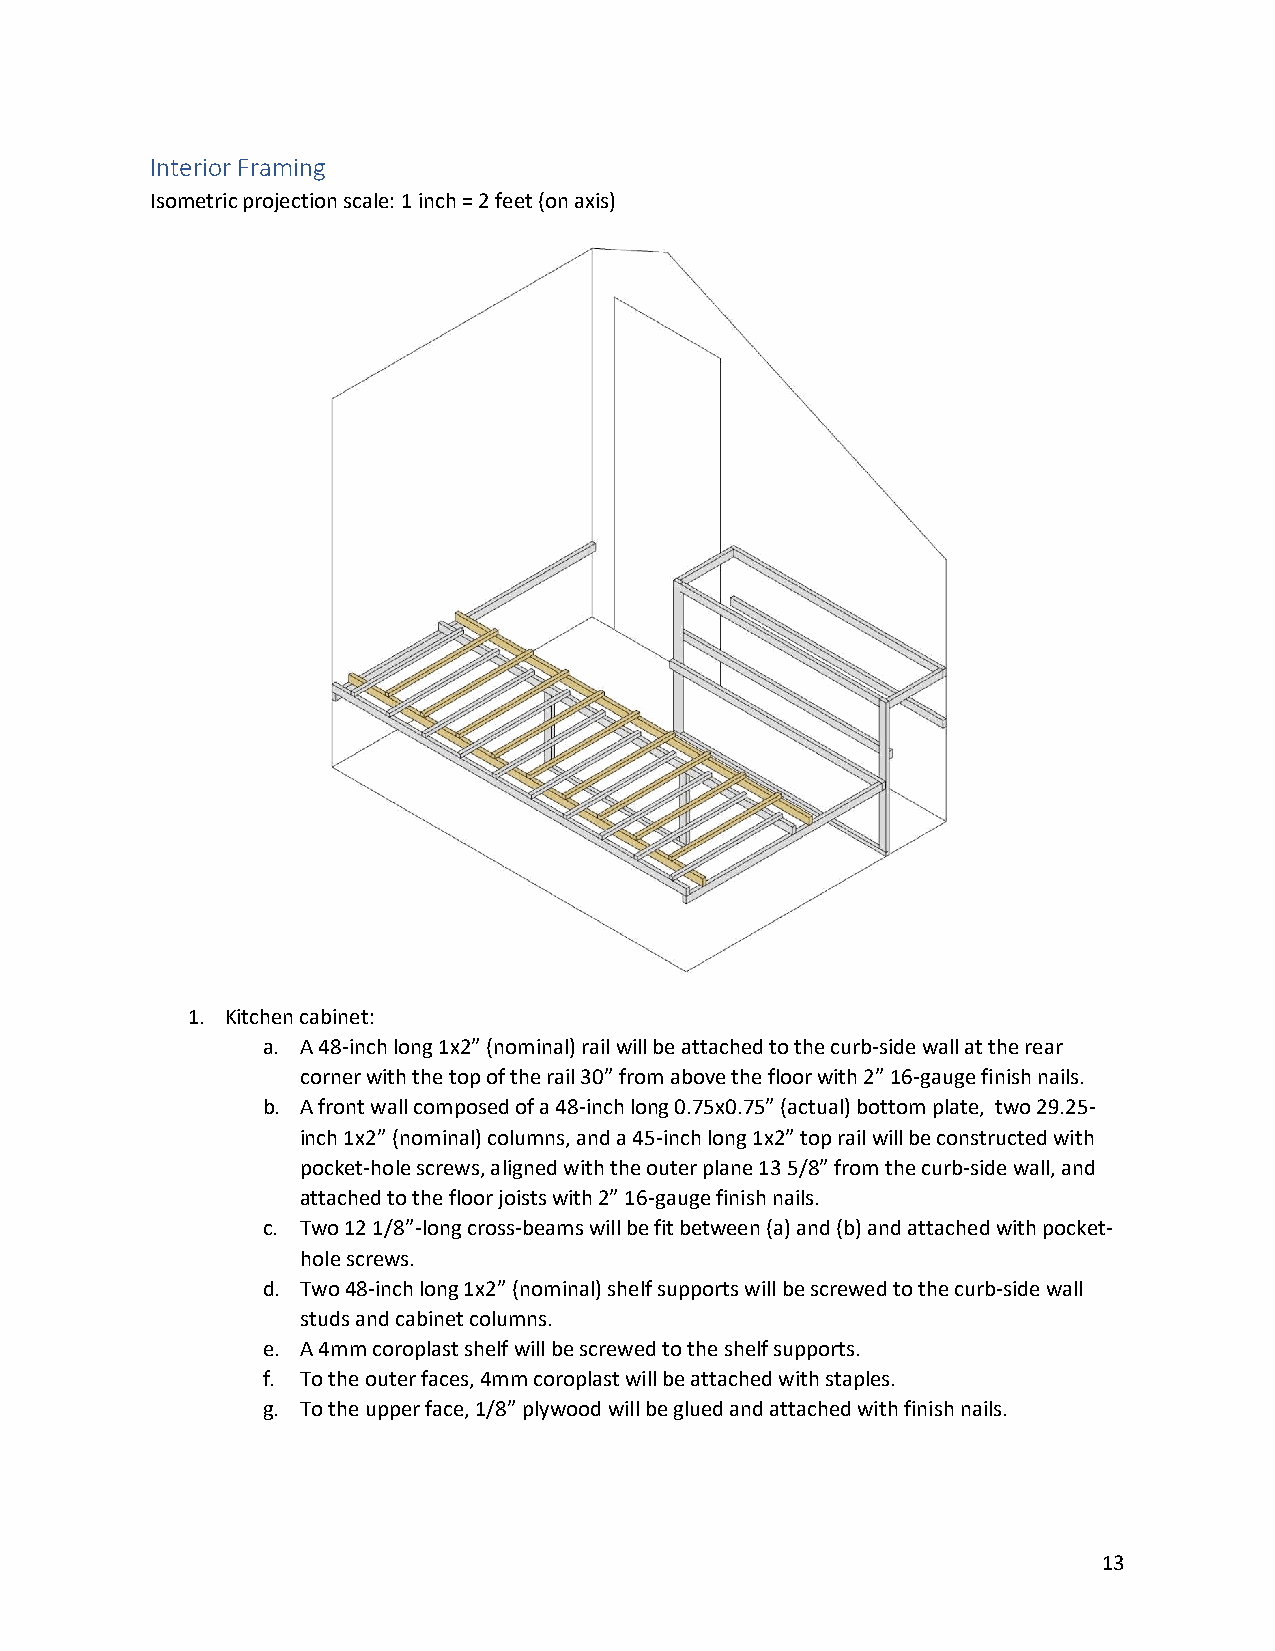
Interior Framing
 Isometric projection scale: 1 inch = 2 feet (on axis)
 1. Kitchen cabinet:
 a. A 48-inch long 1x2” (nominal) rail will be attached to the curb-side wall at the rear
 corner with the top of the rail 30” from above the floor with 2” 16-gauge finish nails.
 b. A front wall composed of a 48-inch long 0.75x0.75” (actual) bottom plate, two 29.25-
 inch 1x2” (nominal) columns, and a 45-inch long 1x2” top rail will be constructed with
 pocket-hole screws, aligned with the outer plane 13 5/8” from the curb-side wall, and
 attached to the floor joists with 2” 16-gauge finish nails.
 c. Two 12 1/8”-long cross-beams will be fit between (a) and (b) and attached with pocket-
 hole screws.
 d. Two 48-inch long 1x2” (nominal) shelf supports will be screwed to the curb-side wall
 studs and cabinet columns.
 e. A 4mm coroplast shelf will be screwed to the shelf supports.
 f. To the outer faces, 4mm coroplast will be attached with staples.
 g. To the upper face, 1/8” plywood will be glued and attached with finish nails.
 13